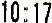
10:17